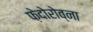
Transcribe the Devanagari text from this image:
फ़ेदोरोव्ना